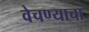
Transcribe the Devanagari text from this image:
वेचण्याचा